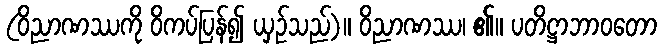
(ဝိညာဏဿကို ဝိကပ်ပြန်၍ ယှဉ်သည်)။ ဝိညာဏဿ၊ ၏။ ပတိဋ္ဌာဘာဝတော